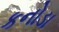
કનોડા